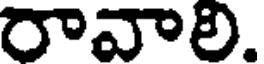
రావాలి.